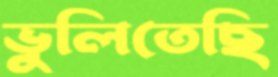
ভুলিতেছি